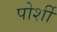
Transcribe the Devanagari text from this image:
पोर्शी